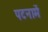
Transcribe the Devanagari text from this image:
पटनामें